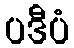
ပဒီပံ